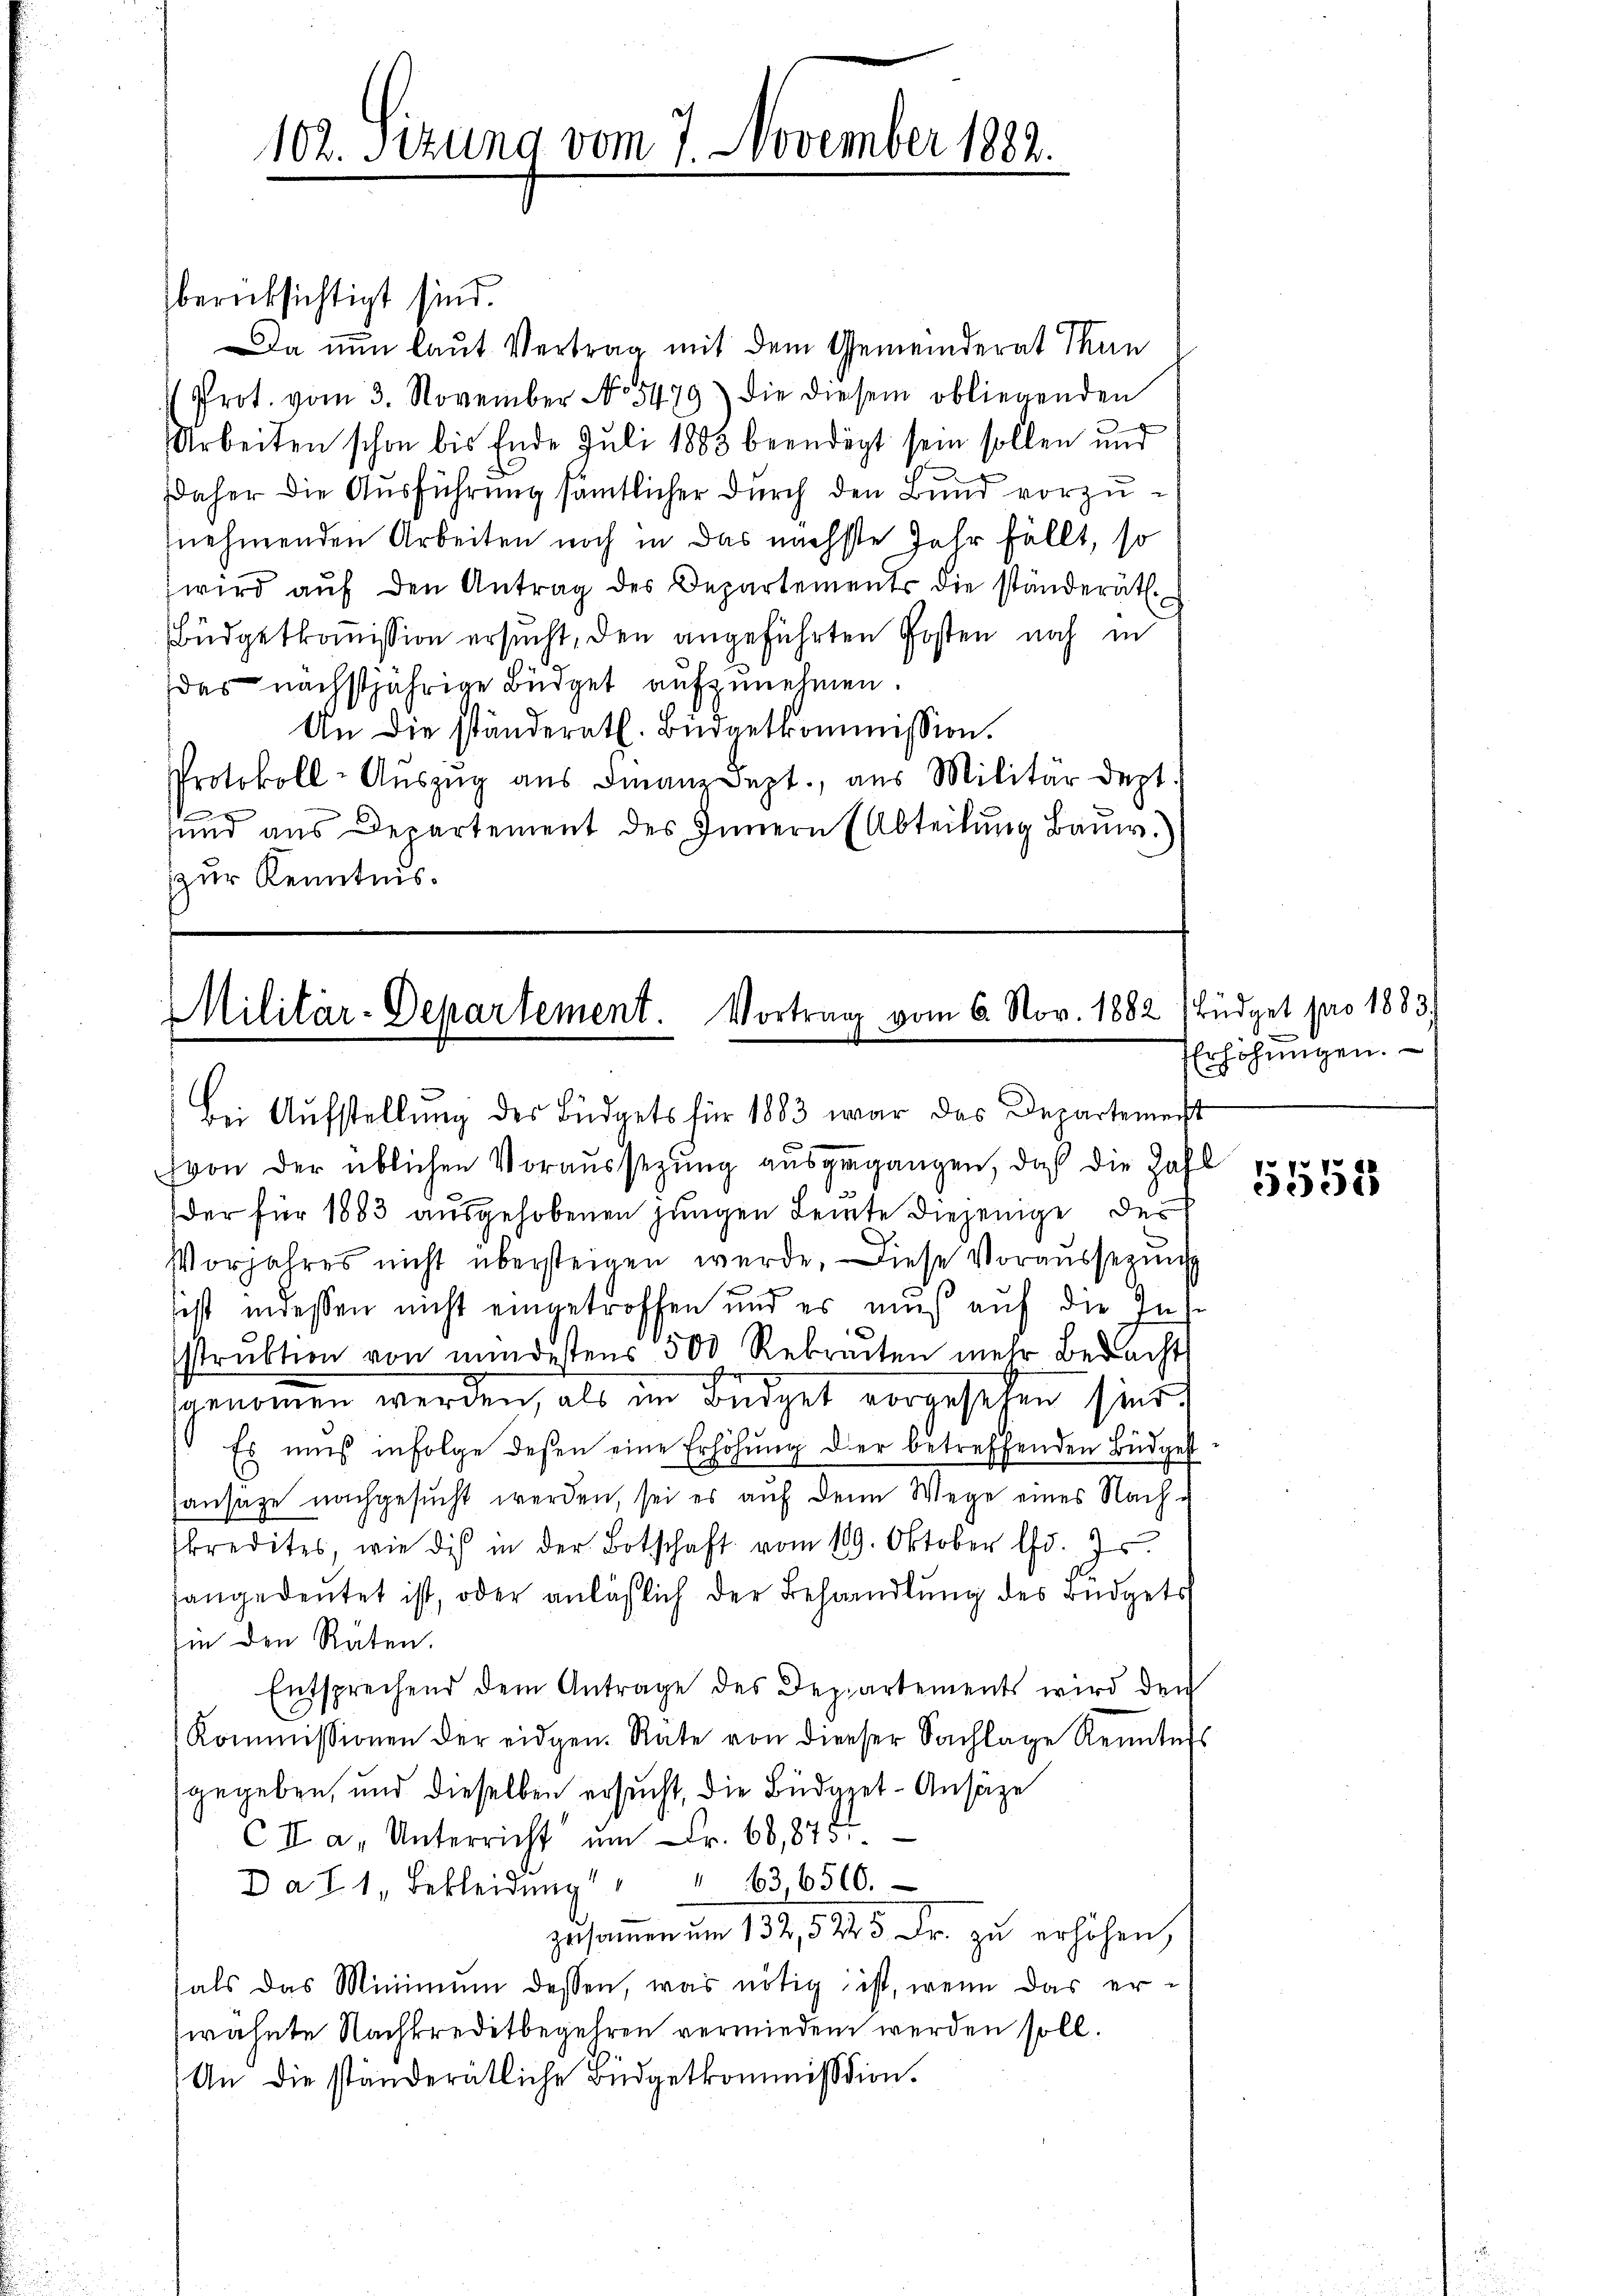
berücksichtigt sind.

102. Sizung vom 7. November 1882.

Da nun laut Vertrag mit dem Gemeinderat Thun
Prot. vom 3. November No. 5479) die diesem obliegenden
Arbeiten schon bis Ende Juli 1883 beendigt sein sollen und
Daher die Ausführung sämtlicher durch den Bund vorzunehmenden Arbeiten noch in das nächste Jahr fällt, so
wird aŭf den Antrag des Departements die ständerät.
Büdgetkommission ersucht, den angeführten Posten noch in
das nächstjährige Büdget aufzunehmen.
An die ständernt. Büdgetkommission.
Protokoll-Aŭszŭg aŭs Finanz Sept., aus Militär dept.
 x
sund aus Departement des Innern (Abteilŭng Baŭw.)
zzur Kenntnis.

Militär-Departement. Vortrag vom 6. Nov. 1882 (Büdget pro 1883.

Bei Aŭfstellŭng des Büdgets für 1883 war das Departemenst

(von der üblichen Voraussezung ausgegangen, daß die Zahl
der für 1883 ausgehobenen jungen Leite diejenige des
Vorjahres nicht übersteigen werde. Diese Voraussezung
est indessen nicht eingetroffen und es muß auf die Insstrŭktion von mindestens 500 Rebreiten mehr Bedacht
genommen werden, als im Büdget vorgesehen sind.
Es muß infolge deßen eine Erhöhŭng der betreffenden Büdget
hansage nachgesucht werden, sei es auf denn Wege eines Nach u
kredites, wie dis in der Botschaft vom 119. Oktober d. Js.
angedeutet ist, oder anläßlich der Behandlŭng des Büdgets
Iin den Räten.
Entsprechend dem Antrage des Departements wird den
Kommissionen der eidgen. Rate von dieser Sachlage Renntnis
gegeben, und dieselben ersucht, die Büdget-Ansätze
CII a, Unterricht um Fr. 68,875
Da T. 1, Bekleidung " " 63, 6500.
zusammen um 132, 5225 Fr. zu erhöhen,
sals das Minimum dessen, was nötig ist, wenn das erwähnte Nachkreditbegehren vermieden werden soll.
An die ständerätliche Büdgetkommission.

Erhöhŭngen.
7
300